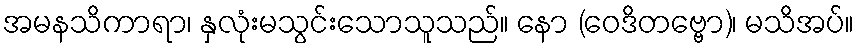
အမနသိကာရာ၊ နှလုံးမသွင်းသောသူသည်။ နော (ဝေဒိတဗ္ဗော)၊ မသိအပ်။